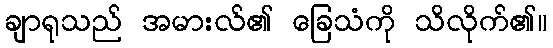
ချာရုသည် အမားလ်၏ ခြေသံကို သိလိုက်၏။